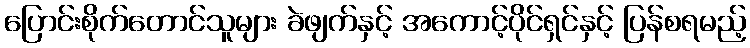
ပြောင်းစိုက်တောင်သူများ ခဲဖျက်နှင့် အကောင့်ပိုင်ရှင်နှင့် ပြန်စရမည့်